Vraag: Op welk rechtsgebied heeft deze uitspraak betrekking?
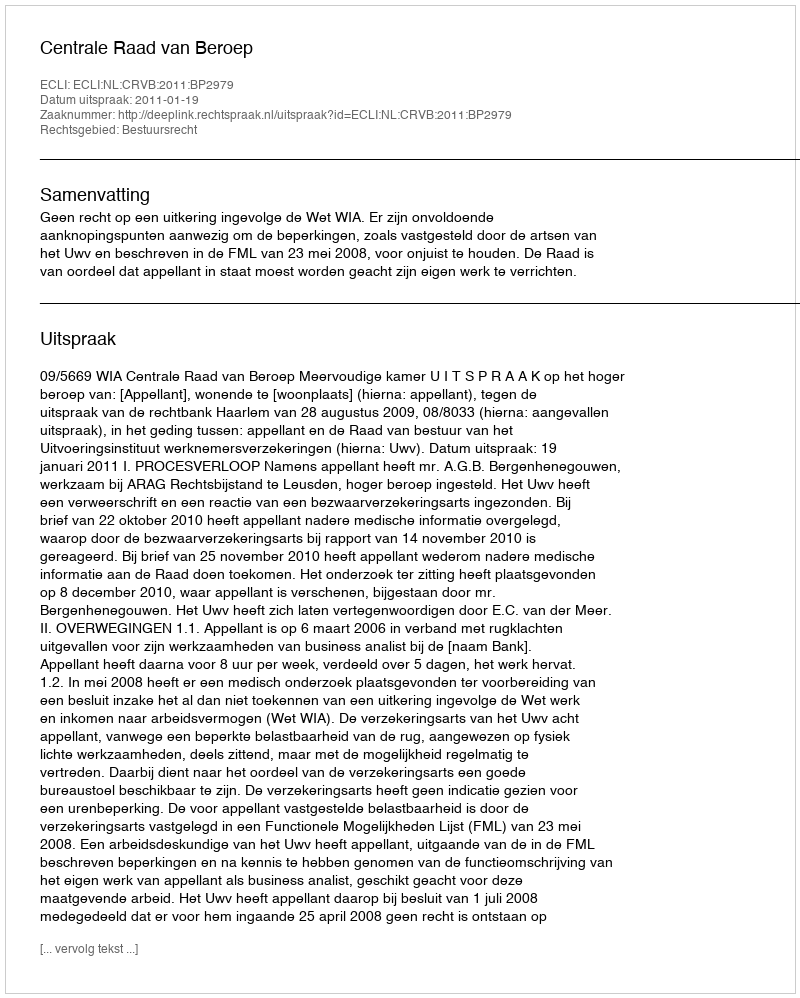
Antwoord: Bestuursrecht